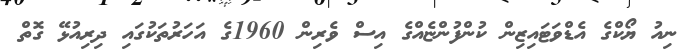
ނިއު ޔޯކްގެ އެޑްވަޓައިޒިން ކުންފުންޏެއްގެ އިސް ވެރިން 1960ގެ އަހަރުތަކުގައި ދިރިއުޅޭ ގޮތް